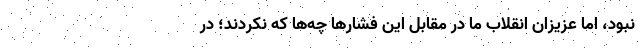
نبود، اما عزیزان انقلاب ما در مقابل این فشار‌ها چه‌ها که نکردند؛ در